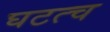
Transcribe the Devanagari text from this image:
घटत्च